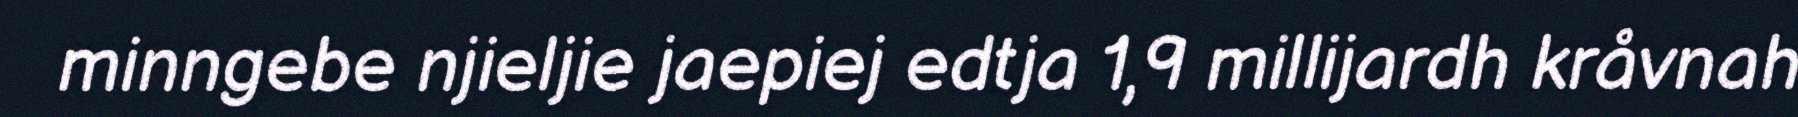
minngebe njieljie jaepiej edtja 1,9 millijardh kråvnah